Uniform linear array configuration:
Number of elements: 8
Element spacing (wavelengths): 1
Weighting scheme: hamming
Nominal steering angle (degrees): -15
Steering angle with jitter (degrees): -15.191
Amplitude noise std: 0.05
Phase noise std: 0.05

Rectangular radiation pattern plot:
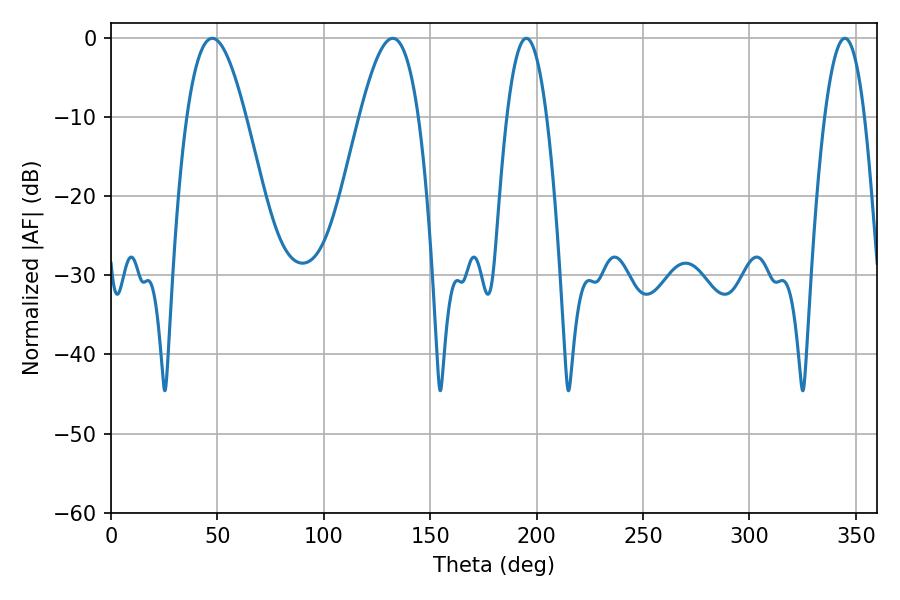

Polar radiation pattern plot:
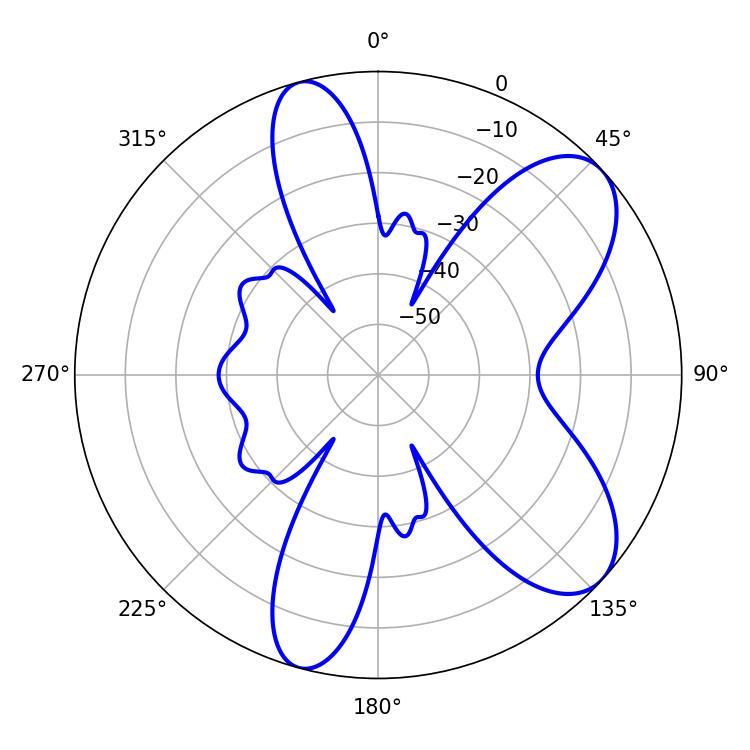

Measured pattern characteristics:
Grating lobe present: TRUE
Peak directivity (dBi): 7.906
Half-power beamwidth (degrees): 10.26
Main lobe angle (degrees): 195.12